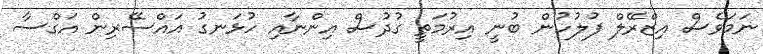
ނަމަވެސް އިޒްރޭލް ފުލުހުން ބުނީ އިރުމަތީ ގުދުސް އިންނާއި ހުޅަނގު އައްސޭރިން އަގްސާ